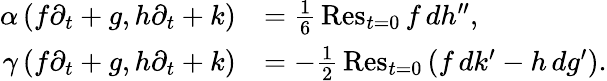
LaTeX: \begin{array}{rl}{\alpha\left(f\partial_{t}+g,h\partial_{t}+k\right)}&{=\frac{1}{6}\, \mathrm{Res}_{t=0}\, f\, dh^{\prime\prime},}\\ {\gamma\left(f\partial_{t}+g,h\partial_{t}+k\right)}&{=-\frac{1}{2}\, \mathrm{Res}_{t=0}\left(f\, dk^{\prime}-h\, dg^{\prime}\right).}\end{array}